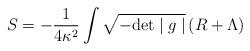
LaTeX: \begin{align*}S=-\frac{1}{4\kappa^2}\int \sqrt{-\mbox{det}\mid g\mid }\,(R +\Lambda)\end{align*}